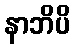
နာဘိပိ